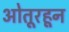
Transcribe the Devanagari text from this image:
ओतूरहून